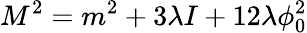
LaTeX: M^{2}=m^{2}+3\lambda I+12\lambda\phi_{0}^{2}